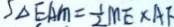
S _ { \Delta E A M } = \frac { 1 } { 2 } M E \times A F